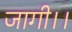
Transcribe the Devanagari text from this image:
जागी।।